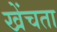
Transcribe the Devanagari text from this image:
खेंचता